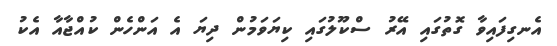
އެނގިފައިވާ ގޮތުގައި އޭރު ސްކޫލުގައި ކިޔަވަމުން ދިޔަ އެ އަންހެން ކުއްޖާއާ އެކު